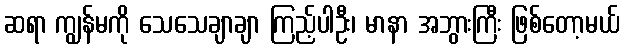
ဆရာ ကျွန်မကို သေသေချာချာ ကြည့်ပါဦး၊ မာနာ အဘွားကြီး ဖြစ်တော့မယ်